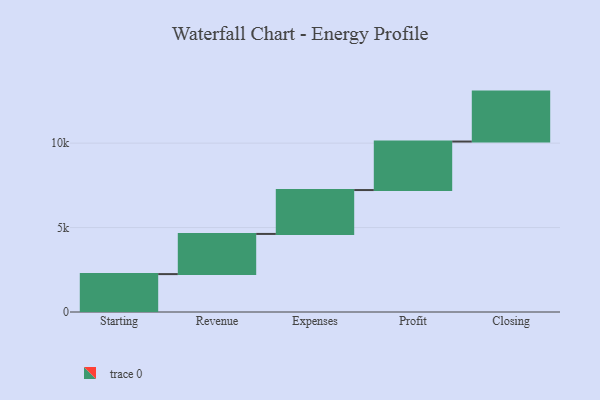
{"axis": {"x": "Step", "y": "Value"}, "legend": [""], "data": [{"x": "Starting", "y": 2244.0, "type": ""}, {"x": "Revenue", "y": 2379.0, "type": ""}, {"x": "Expenses", "y": 2598.0, "type": ""}, {"x": "Profit", "y": 2873.0, "type": ""}, {"x": "Closing", "y": 2957.0, "type": ""}]}